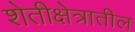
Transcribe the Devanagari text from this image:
शेतीक्षेत्रातील